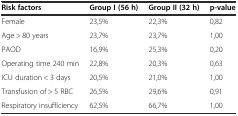
<table><thead><tr><td><b>Risk factors</b></td><td><b>Group I(56 h)</b></td><td><b>Group II(32 h)</b></td><td><b>p-value</b></td></tr></thead><tbody><tr><td>Female</td><td>23,5%</td><td>22,3%</td><td>0,82</td></tr><tr><td>Age &gt; 80 years</td><td>23,7%</td><td>23,7%</td><td>1,00</td></tr><tr><td>PAOD</td><td>16,9%</td><td>25,3%</td><td>0,20</td></tr><tr><td>Operating time 240 min</td><td>22,8%</td><td>20,3%</td><td>0,63</td></tr><tr><td>ICU duration &lt; 3 days</td><td>20,5%</td><td>21,0%</td><td>1,00</td></tr><tr><td>Transfusion of &gt; 5 RBC</td><td>26,5%</td><td>29,6%</td><td>0,91</td></tr><tr><td>Respiratory insufficiency</td><td>62,5%</td><td>66,7%</td><td>1,00</td></tr></tbody></table>